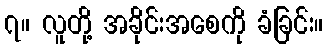
၇။ လူတို့ အခိုင်းအစေကို ခံခြင်း။